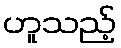
ဟူသည့်